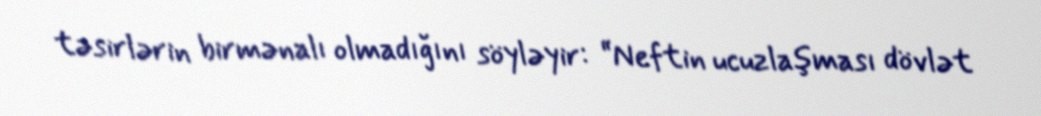
təsirlərin birmənalı olmadığını söyləyir: “Neftin ucuzlaşması dövlət